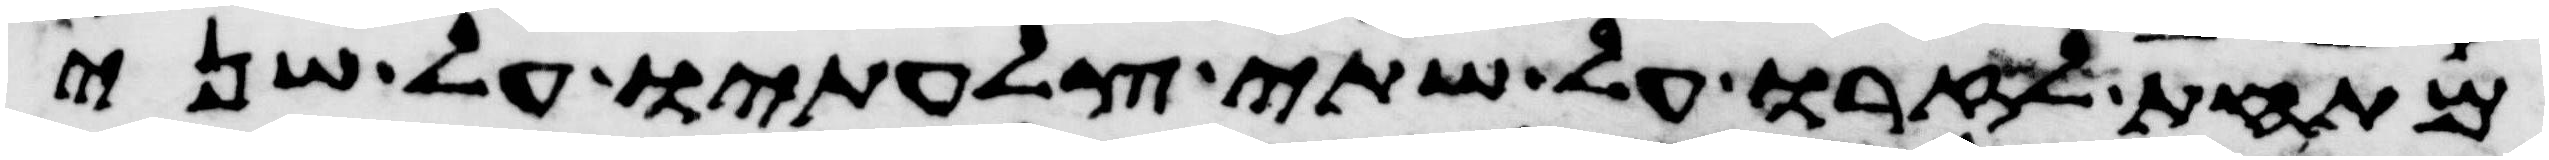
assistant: מתחת לזרו על שתי צלעתיו על שני